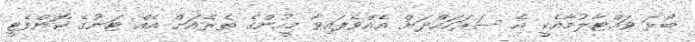
ބޯޅަ ވައްޓާލުމާއެކީ އެ ސަރަހައްދަށް އެއްވެފައިވާ މީހުންގެ ތެރެއަށް އެއް ޓަނުގެ ކޮންފެޓީ